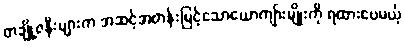
တချို့ဇနီးများက အဆင့်အတန်းမြင့်သောယောကျာ်းမျိုးကို ရထားပေမယ့်